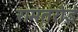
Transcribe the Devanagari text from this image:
रामतरोई